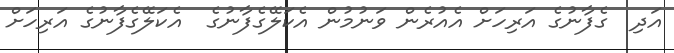
އަދި  ގެފާނުގެ އަރިހަށް އެއުރެން ވަނުމުން އެކަލޭގެފާނުގެ  އެކަލޭގެފާނުގެ އަރިހަށް